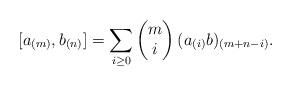
LaTeX: \begin{align*} [a_{(m)},b_{(n)}]=\sum_{i\geq 0}\begin{pmatrix} m\\ i \end{pmatrix}(a_{(i)}b)_{(m+n-i)}.\end{align*}